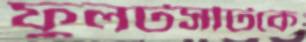
ফুলটসটিকে